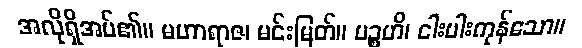
အလိုရှိအပ်၏။ မဟာရာဇ၊ မင်းမြတ်။ ပဉ္စဟိ၊ ငါးပါးကုန်သော။